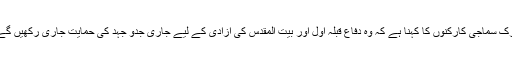
ترک سماجی کارکنوں کا کہنا ہے کہ وہ دفاع قبلہ اوّل اور بیت المقدس کی آزادی کے لیے جاری جدو جہد کی حمایت جاری رکھیں گے۔